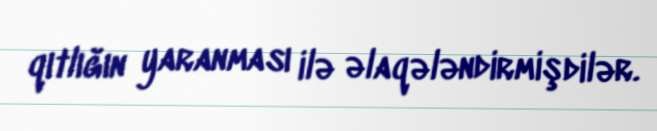
qıtlığın yaranması ilə əlaqələndirmişdilər.